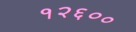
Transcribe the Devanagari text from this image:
१२६००